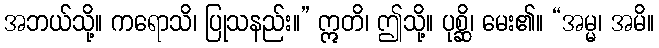
အဘယ်သို့။ ကရောသိ၊ ပြုသနည်း။” ဣတိ၊ ဤသို့။ ပုစ္ဆိ၊ မေး၏။ “အမ္မ၊ အမိ။